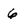
Character: 6